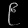
Digit: ၉